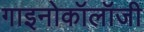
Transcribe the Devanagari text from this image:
गाइनोकॉलॉजी